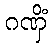
ဂဏှိံ